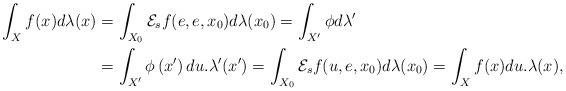
LaTeX: \begin{align*}\int_{X}f(x)d\lambda(x) & =\int_{X_{0}}\mathcal{E}_{s}f(e,e,x_{0})d\lambda(x_{0})=\int_{X'}\phi d\lambda'\\ & =\int_{X'}\phi\left(x'\right)du.\lambda'(x')=\int_{X_{0}}\mathcal{E}_{s}f(u,e,x_{0})d\lambda(x_{0})=\int_{X}f(x)du.\lambda(x),\end{align*}